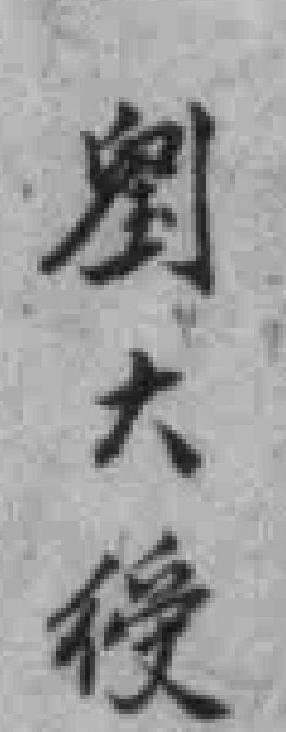
劉大𢔏